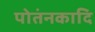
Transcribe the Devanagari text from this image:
पोतंनकादि